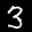
Label: 3